Insane asylums in Bengal annual reports 1867-1875 - 1867-1875
Year: 1867
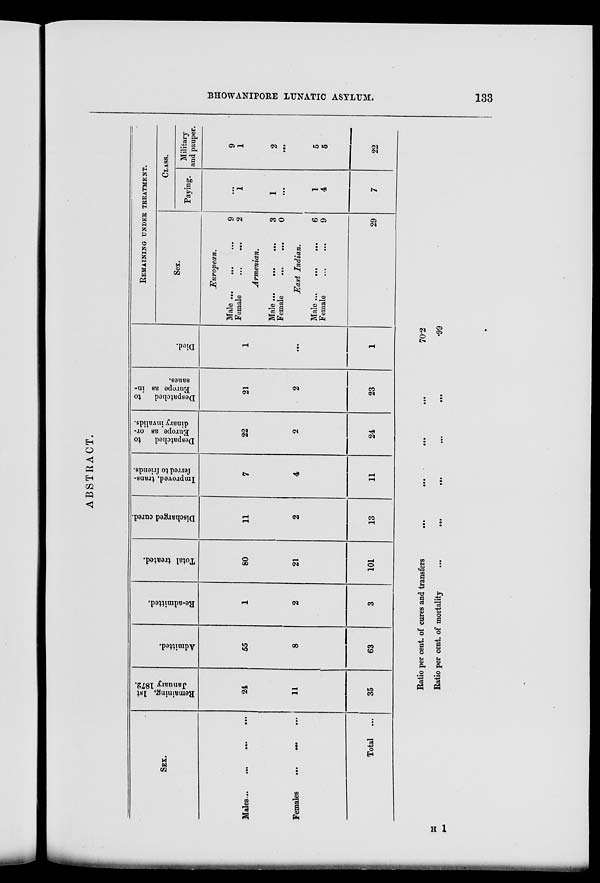
BHOWANIPORE LUNATIC ASYLUM.
133
ABSTRACT.
SEX.
Males
...
...
...
...
Females
...
...
...
Total ...
Remaining, 1st
January 1872.
24
11
35
Admitted.
55
8
63
Re-admitted.
1
2
3
Total treated.
80
21
101
Discharged cured.
11
2
13
Improved, trans-
ferred to friends.
7
4
11
Despatched
to
Europe as or-
dinary invalids.
22
2
24
Despatched
to
Europe as in-
sanes.
21
2
23
Died.
1
...
1
REMAINING UNDER TREATMENT.
Sex.
European.
Male ...
...
...
Female
...
...
9
2
Armenian.
Male ...
...
...
Female
...
...
3
0
East Indian.
Male
...
...
...
Female
...
...
6
9
29
CLASS.
Paying.
. ..
1
1
...
1
4
7
Military
and pauper.
9
1
2
...
5
5
22
Ratio per cent. of cures and transfers
...
...
...
...
Ratio per cent. of mortality
...
...
...
...
...
...
70.2
.99
H 1